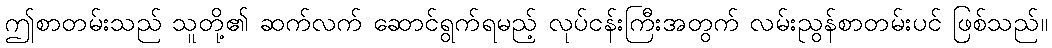
ဤစာတမ်းသည် သူတို့၏ ဆက်လက် ဆောင်ရွက်ရမည့် လုပ်ငန်းကြီးအတွက် လမ်းညွန်စာတမ်းပင် ဖြစ်သည်။